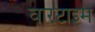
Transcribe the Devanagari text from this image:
वारटाइम